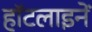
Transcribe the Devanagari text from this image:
हॉटलाइनें